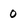
Character: 0